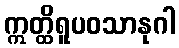
ဣတ္ထိရူပဝသာနုဂါ